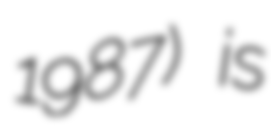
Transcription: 1987) is